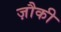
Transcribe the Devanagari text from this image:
ज़ौकी